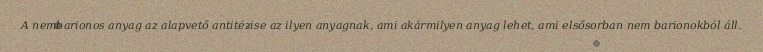
A nembarionos anyag az alapvető antitézise az ilyen anyagnak, ami akármilyen anyag lehet, ami elsősorban nem barionokból áll.